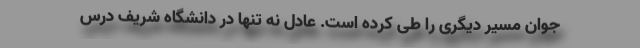
جوان مسیر دیگری را طی کرده است. عادل نه تنها در دانشگاه شریف درس